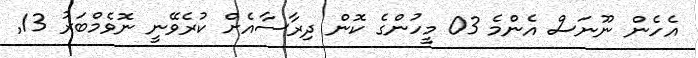
އެހެން ނޫނަސް އެންމެ 03 މީހުންގެ ކޮން ދިރާސާއެށް ކުރެވޭނީ ނޮވެމްބަރު 13